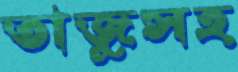
তাজুসহ